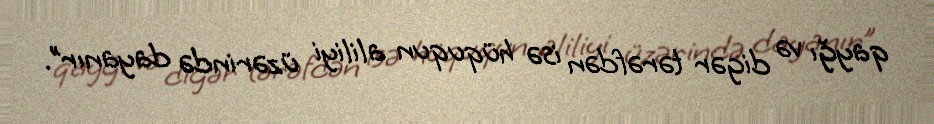
qayğı və digər tərəfdən isə hüququn aliliyi üzərində dayanır”.